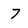
Character: 7